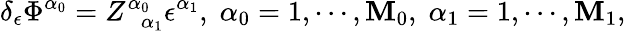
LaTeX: \delta_{\epsilon}\Phi^{\alpha_{0}}=Z_{\; \; \alpha_{1}}^{\alpha_{0}}\epsilon^{\alpha_{1}},\; \alpha_{0}=1,\cdots,\mathbf{M}_{0},\; \alpha_{1}=1,\cdots,\mathbf{M}_{1},